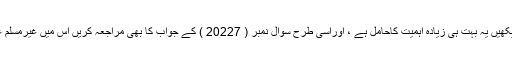
آپ مزید تفصیل کے لیے سوال نمبر ( 12283 ) کا جواب بھی دیکھیں یہ بہت ہی زيادہ اہمیت کاحامل ہے ، اوراسی طرح سوال نمبر ( 20227 ) کے جواب کا بھی مراجعہ کریں اس میں غیرمسلم عورت سے شادی کرنے کے نقصانات کی وضاحت کی گئي ہے ۔